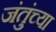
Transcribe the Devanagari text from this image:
जंतुंच्या